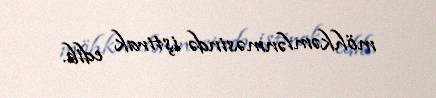
möhkəmlənməsində iştirak edib.